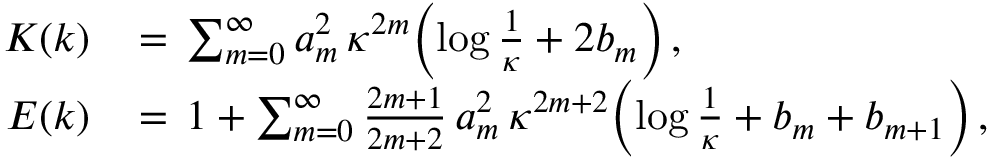
\begin{array} { r l } { K ( k ) \, } & { = \, \sum _ { m = 0 } ^ { \infty } a _ { m } ^ { 2 } \, \kappa ^ { 2 m } \Bigl ( \log \frac { 1 } { \kappa } + 2 b _ { m } \Bigr ) \, , } \\ { E ( k ) \, } & { = \, 1 + \sum _ { m = 0 } ^ { \infty } \frac { 2 m + 1 } { 2 m + 2 } \, a _ { m } ^ { 2 } \, \kappa ^ { 2 m + 2 } \Bigl ( \log \frac { 1 } { \kappa } + b _ { m } + b _ { m + 1 } \Bigr ) \, , } \end{array}